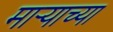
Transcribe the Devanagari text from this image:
मार्‍याच्या